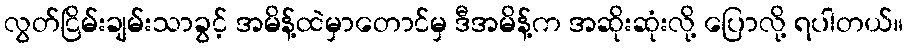
လွတ်ငြိမ်းချမ်းသာခွင့် အမိန့်ထဲမှာတောင်မှ ဒီအမိန့်က အဆိုးဆုံးလို့ ပြောလို့ ရပါတယ်။